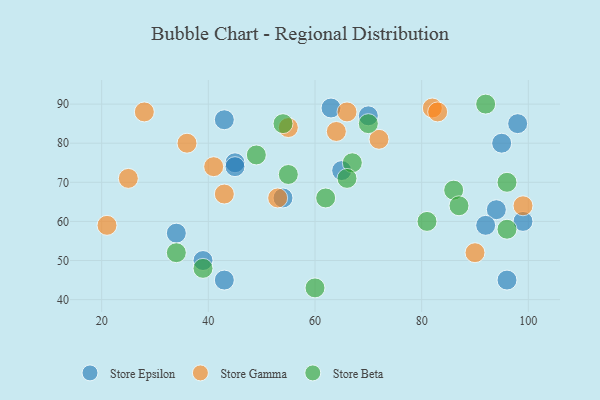
{"axis": {"x": "GDP", "y": "Life Expectancy"}, "legend": ["Store Beta", "Store Epsilon", "Store Gamma"], "data": [{"x": "95", "y": 80, "type": "Store Epsilon"}, {"x": "63", "y": 89, "type": "Store Epsilon"}, {"x": "99", "y": 60, "type": "Store Epsilon"}, {"x": "43", "y": 45, "type": "Store Epsilon"}, {"x": "94", "y": 63, "type": "Store Epsilon"}, {"x": "43", "y": 86, "type": "Store Epsilon"}, {"x": "39", "y": 50, "type": "Store Epsilon"}, {"x": "98", "y": 85, "type": "Store Epsilon"}, {"x": "45", "y": 75, "type": "Store Epsilon"}, {"x": "92", "y": 59, "type": "Store Epsilon"}, {"x": "45", "y": 74, "type": "Store Epsilon"}, {"x": "65", "y": 73, "type": "Store Epsilon"}, {"x": "70", "y": 87, "type": "Store Epsilon"}, {"x": "34", "y": 57, "type": "Store Epsilon"}, {"x": "54", "y": 66, "type": "Store Epsilon"}, {"x": "96", "y": 45, "type": "Store Epsilon"}, {"x": "90", "y": 52, "type": "Store Gamma"}, {"x": "36", "y": 80, "type": "Store Gamma"}, {"x": "82", "y": 89, "type": "Store Gamma"}, {"x": "21", "y": 59, "type": "Store Gamma"}, {"x": "99", "y": 64, "type": "Store Gamma"}, {"x": "72", "y": 81, "type": "Store Gamma"}, {"x": "55", "y": 84, "type": "Store Gamma"}, {"x": "53", "y": 66, "type": "Store Gamma"}, {"x": "41", "y": 74, "type": "Store Gamma"}, {"x": "83", "y": 88, "type": "Store Gamma"}, {"x": "25", "y": 71, "type": "Store Gamma"}, {"x": "43", "y": 67, "type": "Store Gamma"}, {"x": "28", "y": 88, "type": "Store Gamma"}, {"x": "66", "y": 88, "type": "Store Gamma"}, {"x": "64", "y": 83, "type": "Store Gamma"}, {"x": "86", "y": 68, "type": "Store Beta"}, {"x": "96", "y": 58, "type": "Store Beta"}, {"x": "70", "y": 85, "type": "Store Beta"}, {"x": "39", "y": 48, "type": "Store Beta"}, {"x": "81", "y": 60, "type": "Store Beta"}, {"x": "55", "y": 72, "type": "Store Beta"}, {"x": "49", "y": 77, "type": "Store Beta"}, {"x": "34", "y": 52, "type": "Store Beta"}, {"x": "54", "y": 85, "type": "Store Beta"}, {"x": "87", "y": 64, "type": "Store Beta"}, {"x": "62", "y": 66, "type": "Store Beta"}, {"x": "96", "y": 70, "type": "Store Beta"}, {"x": "92", "y": 90, "type": "Store Beta"}, {"x": "60", "y": 43, "type": "Store Beta"}, {"x": "67", "y": 75, "type": "Store Beta"}, {"x": "66", "y": 71, "type": "Store Beta"}]}